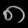
Digit: ၈